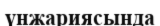
үнжариясында